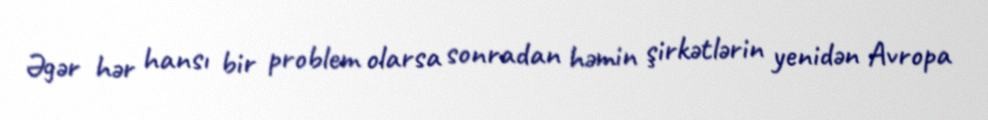
Əgər hər hansı bir problem olarsa sonradan həmin şirkətlərin yenidən Avropa